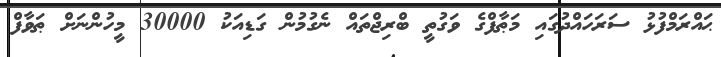
ޙައްރަމްފުޅު ސަރަހައްދުގައި މަޠާފްގެ ވަގުތީ ބްރިޖްތައް ނެގުމުން ގަޑިއަކު 30000 މީހުންނަށް ޠަވާފް